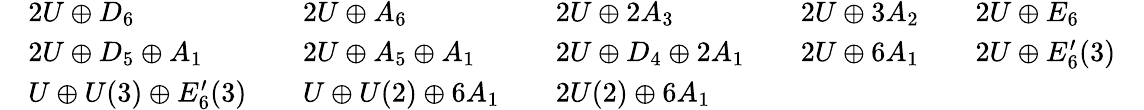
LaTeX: \begin{array}{rlrlrlrlrlr}&{2U\oplus D_{6}}&&{2U\oplus A_{6}}&&{2U\oplus 2A_{3}}&&{2U\oplus 3A_{2}}&&{2U\oplus E_{6}}&\\ &{2U\oplus D_{5}\oplus A_{1}}&&{2U\oplus A_{5}\oplus A_{1}}&&{2U\oplus D_{4}\oplus 2A_{1}}&&{2U\oplus 6A_{1}}&&{2U\oplus E_{6}^{\prime}(3)}&\\ &{U\oplus U(3)\oplus E_{6}^{\prime}(3)}&&{U\oplus U(2)\oplus 6A_{1}}&&{2U(2)\oplus 6A_{1}}&\end{array}